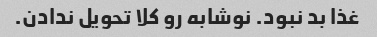
غذا بد نبود. نوشابه رو کلا تحویل ندادن.